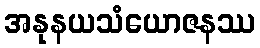
အနုနယသံယောဇနဿ